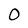
Character: 0